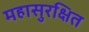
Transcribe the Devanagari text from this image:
महासुरक्षित